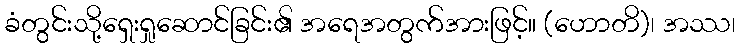
ခံတွင်းသို့ရှေးရှုဆောင်ခြင်း၏ အရေအတွက်အားဖြင့်။ (ဟောတိ)၊ အဿ၊